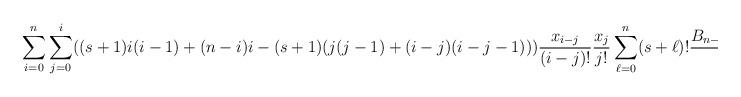
LaTeX: \begin{align*}\sum_{i=0}^n\sum_{j=0}^i((s+1)i(i-1) + (n-i)i - (s+1)(j(j-1) + (i-j)(i-j-1)))\frac{x_{i-j}}{(i-j)!}\frac{x_j}{j!}\sum_{\ell=0}^n (s+\ell)!\frac{B_{n-i, \ell}(x_1, x_2, \ldots)}{(n-i)!} = 0\end{align*}